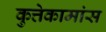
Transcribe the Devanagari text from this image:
कुत्तेकामांस